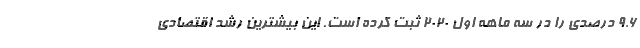
9.6 درصدی را در سه ماهه اول 2020 ثبت کرده است. این بیشترین رشد اقتصادی